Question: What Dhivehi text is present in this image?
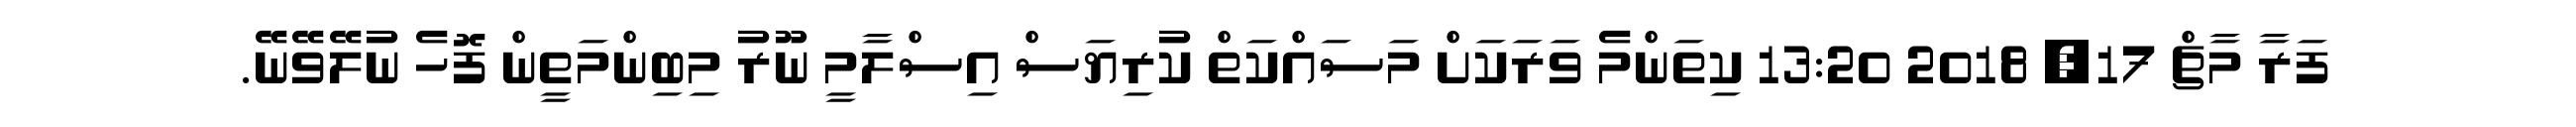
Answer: ފަރާ މާޗް 17, 2018 13:20 ކިތަންމެ ވަރަކަށް މަސައްކަތް ކުރިޔަސް އިސްލާމީ ނޫރު މިބިންމަތީން ފޮހެ ނުލޭވޭނޭ.